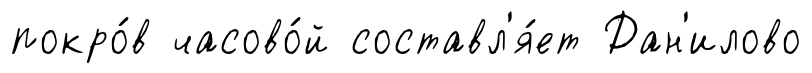
покро́в часово́й составл'я́ет Дан'илово